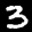
Label: 3